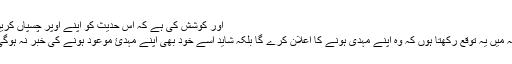
اور کوشش کی ہے کہ اس حدیث کو اپنے اوپر چسپاں کریں:
’’نہ میں یہ توقع رکھتا ہوں کہ وہ اپنے مہدی ہونے کا اعلان کرے گا بلکہ شاید اسے خود بھی اپنے مہدئ موعود ہونے کی خبر نہ ہوگی ۔